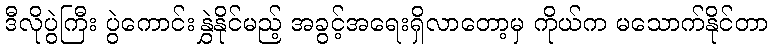
ဒီလိုပွဲကြီး ပွဲကောင်းနွှဲနိုင်မည့် အခွင့်အရေးရှိလာတော့မှ ကိုယ်က မသောက်နိုင်တာ